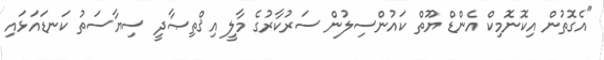
"އެގޮތުން އިކޮނޮމިކް އެންޑް ޔޫތް ކައުންސިލުން ސަރުކާރުގެ މާލީ އިޤްތިޞާދީ ސިޔާސަތު ކަނޑައަޅައި